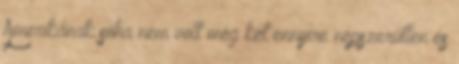
Amerikának soha nem volt még két ennyire népszerűtlen és